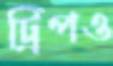
ট্রিপও